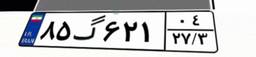
۸۵گ۶۲۱۰۴